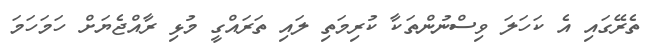
ތެރޭގައި އެ ކަހަލަ ވިސްނުންތަކާ ކުރިމަތި ލައި ތަރައްގީ މުޅި ރާއްޖެޔަށް ހަމަހަމަ